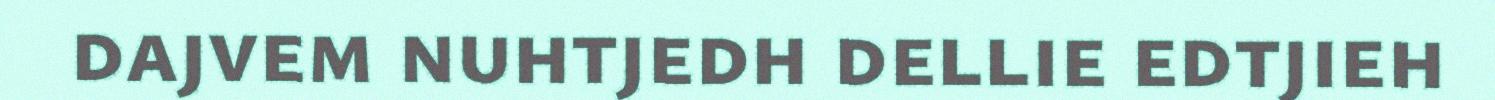
dajvem nuhtjedh dellie edtjieh